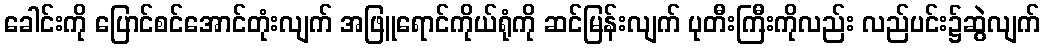
ခေါင်းကို ပြောင်စင်အောင်တုံးလျက် အဖြူရောင်ကိုယ်ရုံကို ဆင်မြန်းလျက် ပုတီးကြီးကိုလည်း လည်ပင်း၌ဆွဲလျက်